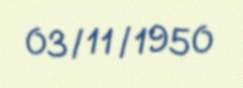
03/11/1950